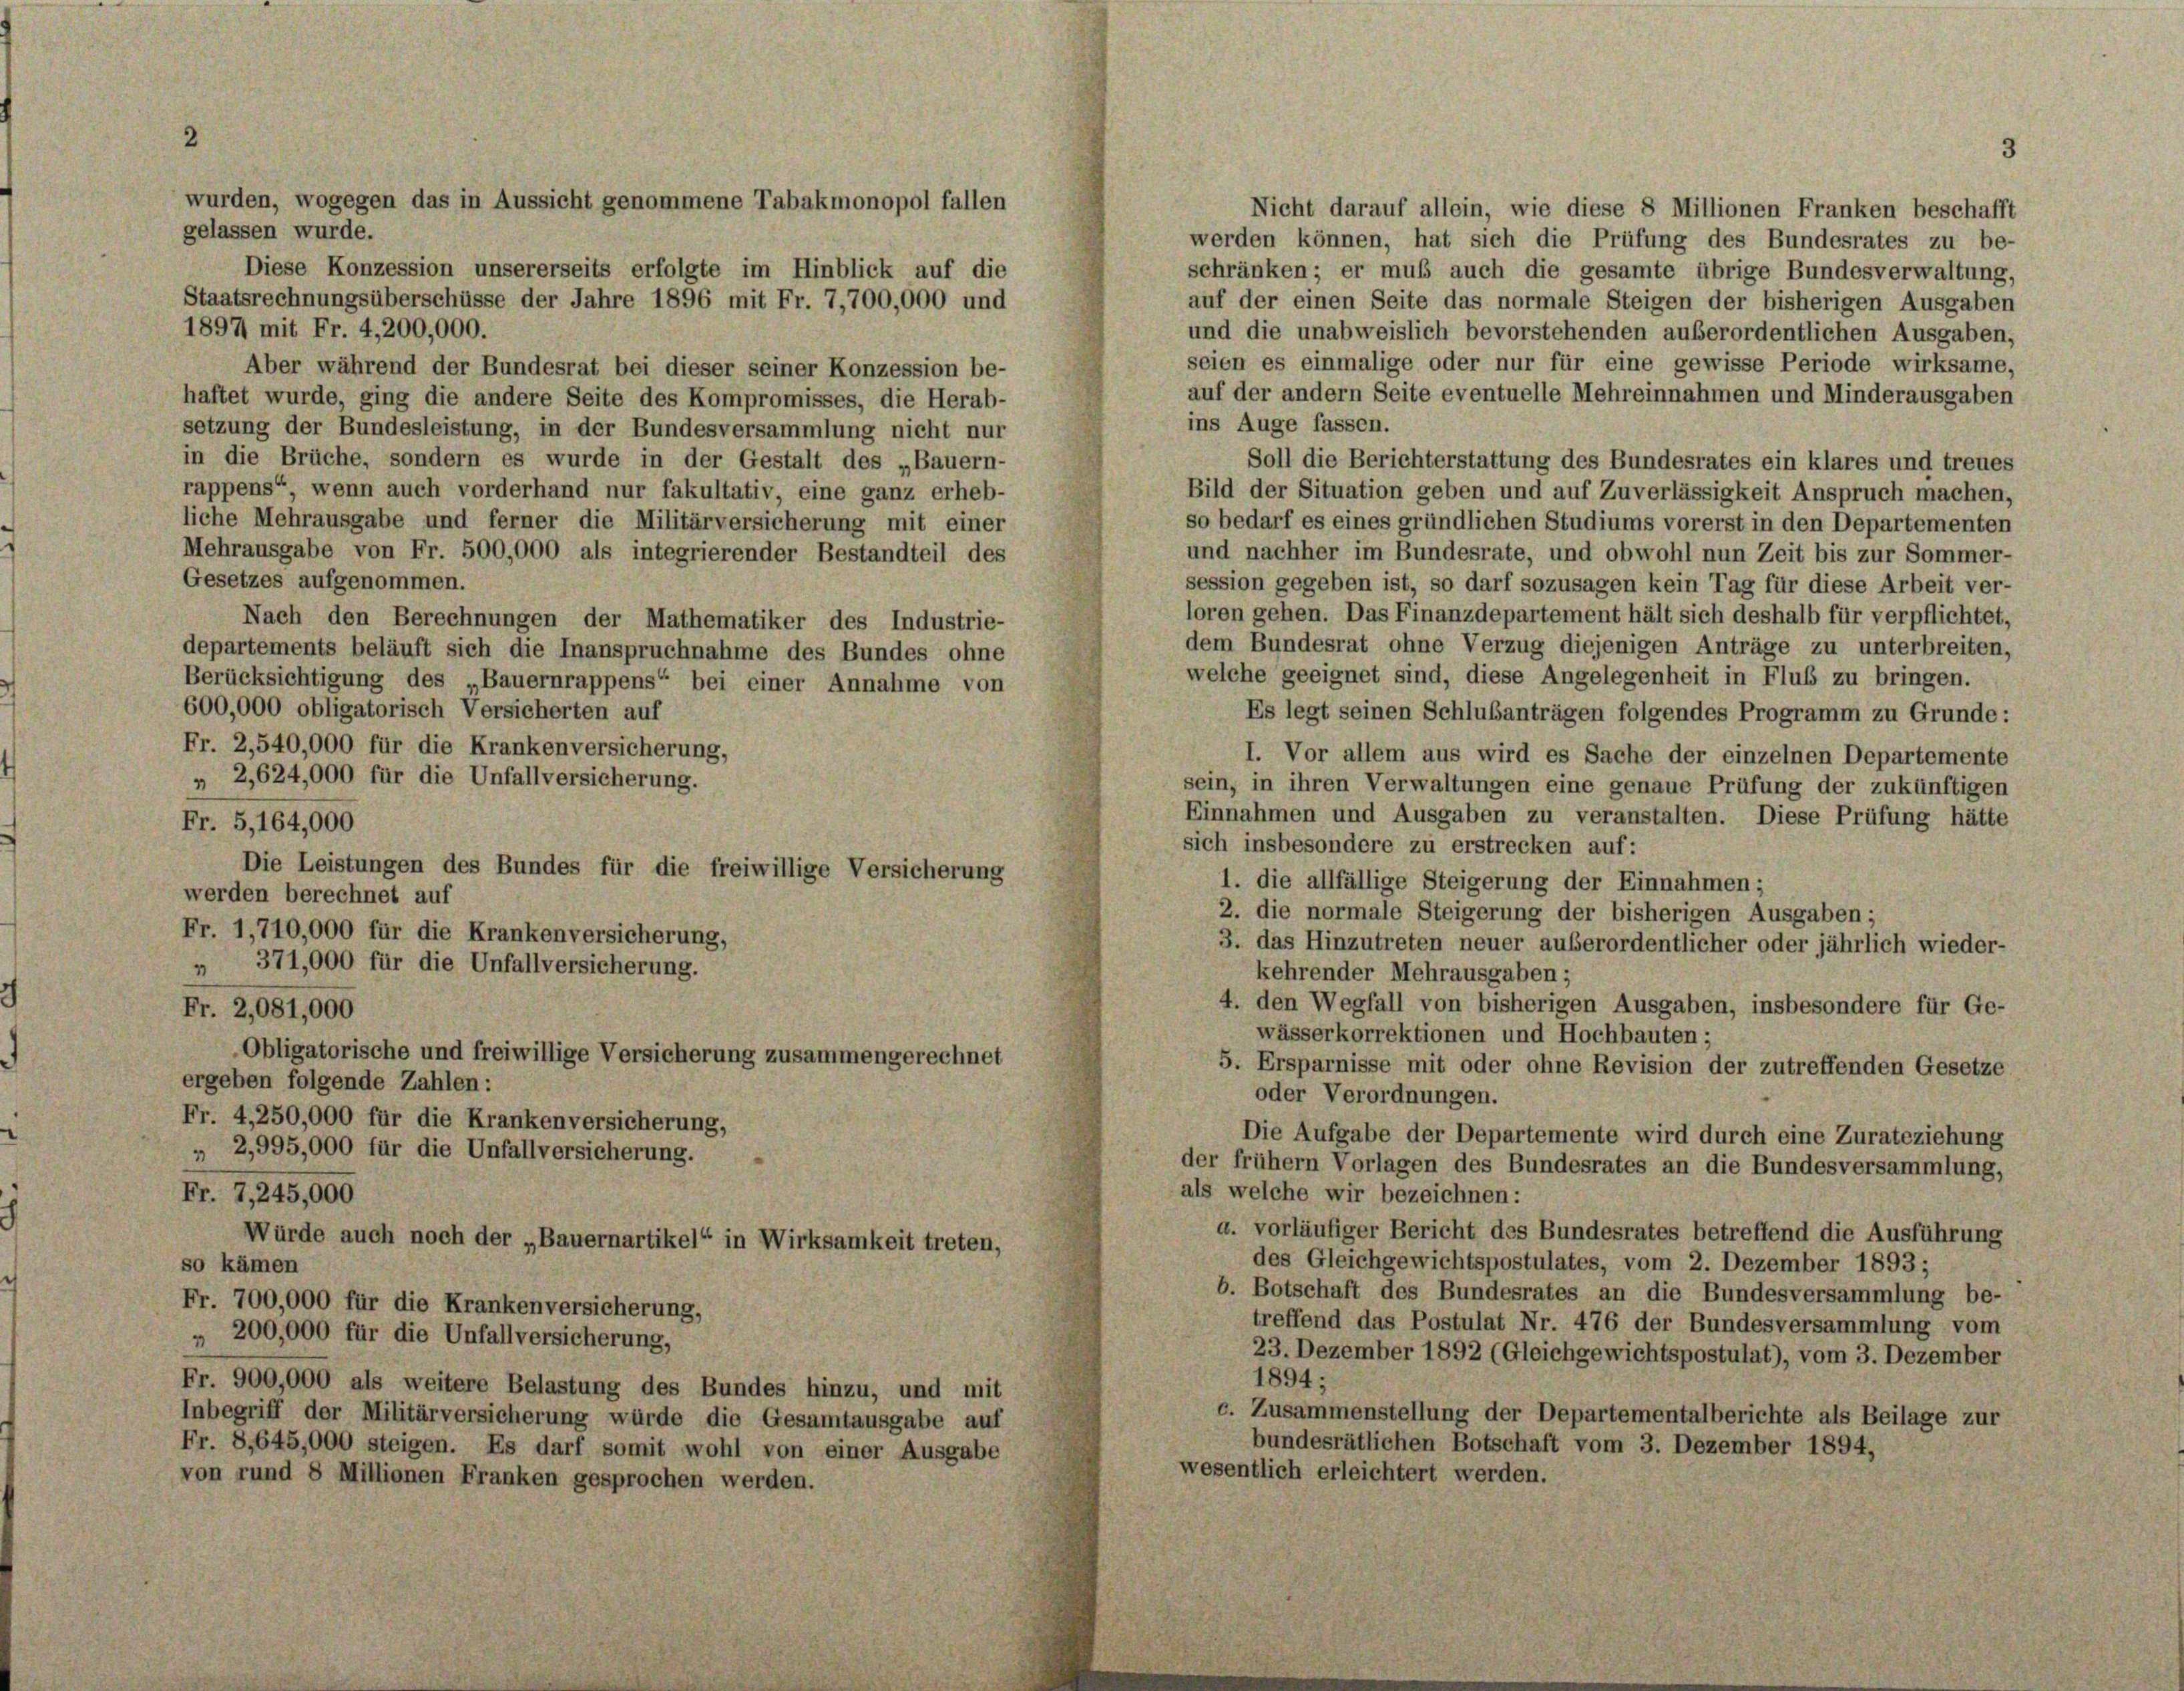
Nicht darauf allein, wie diese 8 Millionen Franken beschafft
gelassen wurde.
werden können, hat sich die Prüfung des Bundesrates zu be-
Diese Konzession unsererseits erfolgte im Hinblick auf die
schränken; er muß auch die gesamte übrige Bundesverwaltung,
Staatsrechnungsüberschüsse der Jahre 1896 mit Fr. 7,700,000 und
auf der einen Seite das normale Steigen der bisherigen Ausgaben
1897 mit Fr. 4,200,000.
und die unabweislich bevorstehenden außerordentlichen Ausgaben,
seien es einmalige oder nur für eine gewisse Periode wirksame,
Aber während der Bundesrat bei dieser seiner Konzession be-
auf der andern Seite eventuelle Mehreinnahmen und Minderausgaben
haftet wurde, ging die andere Seite des Kompromisses, die Herab-
ins Auge fassen.
setzung der Bundesleistung, in der Bundesversammlung nicht nur
in die Brüche, sondern es wurde in der Gestalt des „Bauern-
Soll die Berichterstattung des Bundesrates ein klares und treues
rappens“, wenn auch vorderhand nur fakultativ, eine ganz erheb-
Bild der Situation geben und auf Zuverlässigkeit Anspruch machen,
liche Mehrausgabe und ferner die Militärversicherung mit einer
so bedarf es eines gründlichen Studiums vorerst in den Departementen
Mehrausgabe von Fr. 500,000 als integrierender Bestandteil des
und nachher im Bundesrate, und obwohl nun Zeit bis zur Sommer-
Gesetzes aufgenommen.
session gegeben ist, so darf sozusagen kein Tag für diese Arbeit ver-
loren gehen. Das Finanzdepartement hält sich deshalb für verpflichtet,
Nach den Berechnungen der Mathematiker des Industrie-
dem Bundesrat ohne Verzug diejenigen Anträge zu unterbreiten,
departements beläuft sich die Inanspruchnahme des Bundes ohne
welche geeignet sind, diese Angelegenheit in Flub zu bringen.
Berücksichtigung des „Bauernrappens“ bei einer Annahme von
600,000 obligatorisch Versicherten auf
Es legt seinen Schlußanträgen folgendes Programm zu Grunde:
Fr. 2,540,000 für die Krankenversicherung,
I. Vor allem aus wird es Sache der einzelnen Departemente
„ 2,624,000 für die Unfallversicherung.
sein, in ihren Verwaltungen eine genaue Prüfung der zukünftigen
Einnahmen und Ausgaben zu veranstalten. Diese Prüfung hätte
Fr. 5, 164,000
sich insbesondere zu erstrecken auf:
Die Leistungen des Bundes für die freiwillige Versicherung
1. die allfällige Steigerung der Einnahmen;
werden berechnet auf
2. die normale Steigerung der bisherigen Ausgaben;
Fr. 1,710,000 für die Krankenversicherung,
3. das Hinzutreten neuer außerordentlicher oder jährlich wieder-
„ 371,000 für die Unfallversicherung.
kehrender Mehrausgaben;
4. den Wegfall von bisherigen Ausgaben, insbesondere für Ge-
Fr. 2,081,000
wässerkorrektionen und Hochbauten;
Obligatorische und freiwillige Versicherung zusammengerechnet
5. Ersparnisse mit oder ohne Revision der zutreffenden Gesetze
ergeben folgende Zahlen:
oder Verordnungen.
Fr. 4,250,000 für die Krankenversicherung,
Die Aufgabe der Departemente wird durch eine Zurateziehung
„ 2,995,000 für die Unfallversicherung.
der frühem Vorlagen des Bundesrates an die Bundesversammlung,
als welche wir bezeichnen:
Fr. 7,245,000
a. vorläufiger Bericht des Bundesrates betreffend die Ausführung
Würde auch noch der „Bauernartikel“ in Wirksamkeit treten,
des Gleichgewichtspostulates, vom 2. Dezember 1893;
so kämen
b. Botschaft des Bundesrates an die Bundesversammlung be-
Fr. 700,000 für die Krankenversicherung,
treffend das Postulat Nr. 476 der Bundesversammlung vom
„ 200,000 für die Unfallversicherung,
23. Dezember 1892 (Gleichgewichtspostulat), vom 3. Dezember
1894;
Fr. 900,000 als weitere Belastung des Bundes hinzu, und mit
c. Zusammenstellung der Departementalberichte als Beilage zur
Inbegriff der Militärversicherung würde die Gesamtausgabe auf
bundesrätlichen Botschaft vom 3. Dezember 1894,
Fr. 8,645,000 steigen. Es darf somit wohl von einer Ausgabe
wesentlich erleichtert werden.
von rund 8 Millionen Franken gesprochen werden.

wurden, wogegen das in Aussicht genommene Tabakmonopol fallen